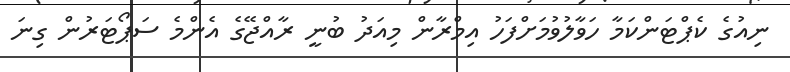
ނިއުގެ ކެޕްޓަންކަމާ ހަވާލުވުމަށްފަހު އިމްރާން މިއަދު ބުނީ ރާއްޖޭގެ އެންމެ ސަޕޯޓަރުން ގިނަ